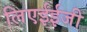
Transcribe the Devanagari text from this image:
लिएईईजी